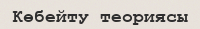
Көбейту теориясы